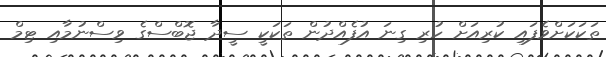
ތަކަކަށްވެފައި ކުރިއަށް ހުރި ގިނަ އުފެއްދުން ތަކަކީ ސީދާ ޖޮބްސްގެ ވިސްނުމާއި ޓިމް